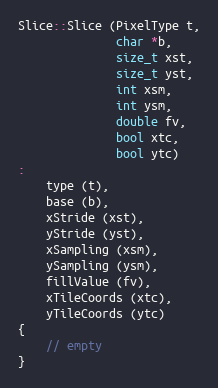
Language: C++
Slice::Slice (PixelType t,
              char *b,
              size_t xst,
              size_t yst,
              int xsm,
              int ysm,
              double fv,
              bool xtc,
              bool ytc)
:
    type (t),
    base (b),
    xStride (xst),
    yStride (yst),
    xSampling (xsm),
    ySampling (ysm),
    fillValue (fv),
    xTileCoords (xtc),
    yTileCoords (ytc)
{
    // empty
}